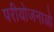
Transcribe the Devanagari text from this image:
परीयोजनाओ